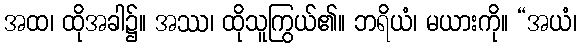
အထ၊ ထိုအခါ၌။ အဿ၊ ထိုသူကြွယ်၏။ ဘရိယံ၊ မယားကို။ “အယံ၊